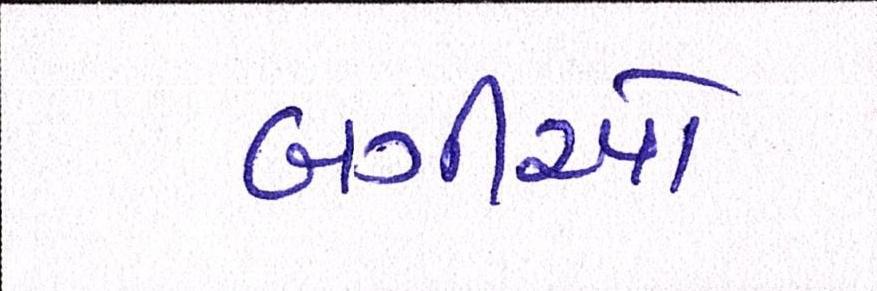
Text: બગીઓ